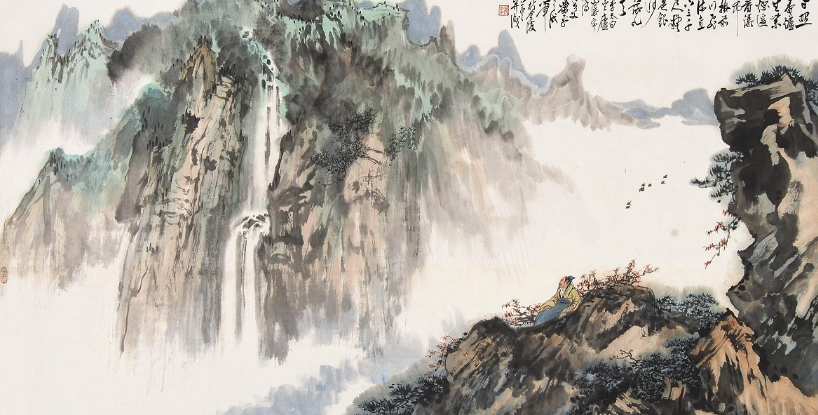
瀑布风前千尺影，疑泻银河一派。